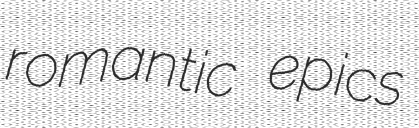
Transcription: romantic epics